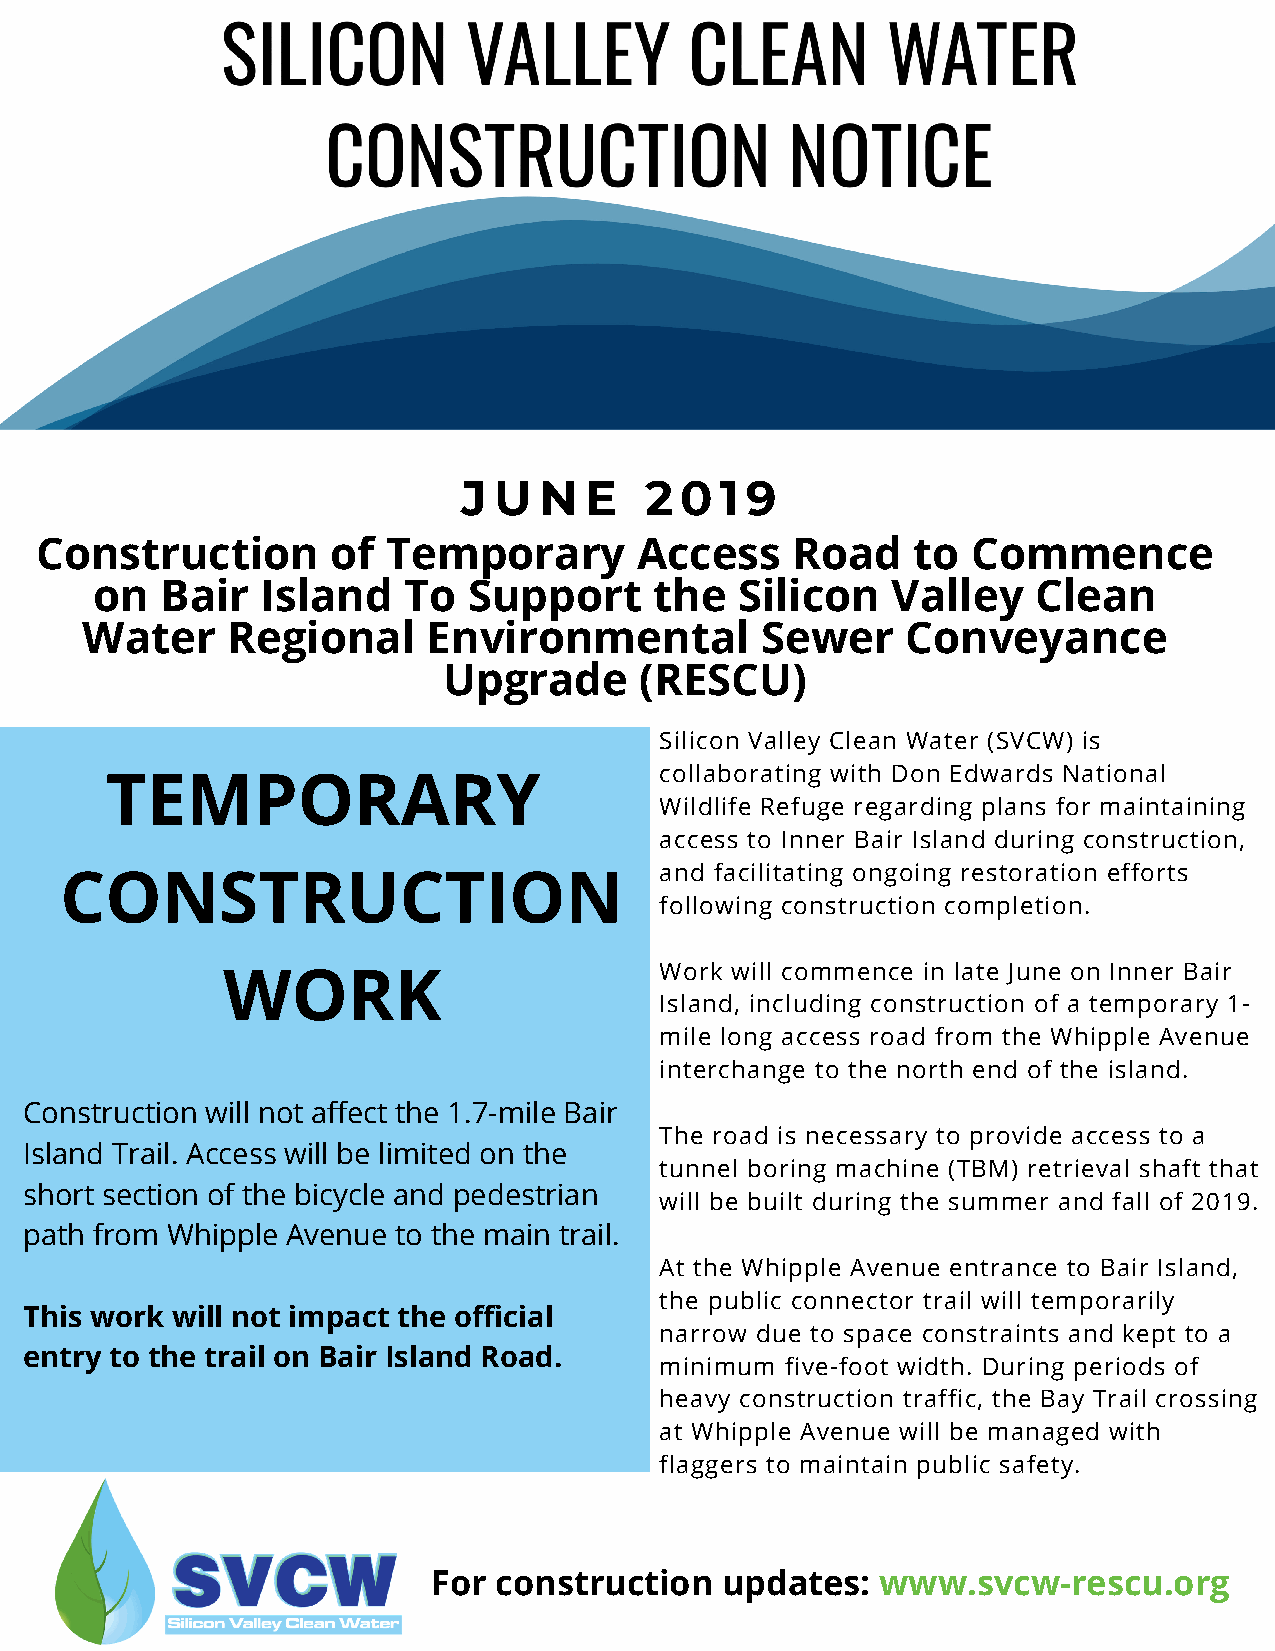
J U  N  E   2 0  1 9
 Construction        of  Temporary       Access    Road    to  Commence
 on   Bair  Island    To  Support     the   Silicon   Valley    Clean
 Water     Regional     Environmental         Sewer     Conveyance
 Upgrade      (RESCU)
 Silicon Valley Clean Water (SVCW) is
 collaborating with Don Edwards National
 TEMPORARY
 Wildlife Refuge regarding plans for maintaining
 access to Inner Bair Island during construction,
 and facilitating ongoing restoration efforts
 CONSTRUCTION
 following construction completion.
 Work will commence in late June on Inner Bair
 WORK
 Island, including construction of a temporary 1-
 mile long access road from the Whipple Avenue
 interchange to the north end of the island.
 Construction will not affect the 1.7-mile Bair
 The road is necessary to provide access to a
 Island Trail. Access will be limited on the
 tunnel boring machine (TBM) retrieval shaft that
 short section of the bicycle and pedestrian
 will be built during the summer and fall of 2019.
 path from Whipple Avenue to the main trail.
 At the Whipple Avenue entrance to Bair Island,
 the public connector trail will temporarily
 This work will not impact the official
 narrow due to space constraints and kept to a
 entry to the trail on Bair Island Road.
 minimum five-foot width. During periods of
 heavy construction traffic, the Bay Trail crossing
 at Whipple Avenue will be managed with
 flaggers to maintain public safety.
 For construction   updates:  www.svcw-rescu.org